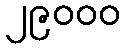
၂၉၀၀၀